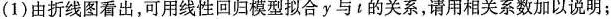
(1)由折线图看出，可用线性回归模型拟合y与?的关系，请用相关系数加以说明；